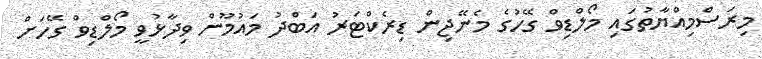
މިރަސްމިއްޔާތުގައި މޯލްޑިވް ގޭހުގެ މެނޭޖިން ޑިރެކްޓަރު އަބްދު މައުމޫން ވިދާޅުވީ މޯލްޑިވް ގޭހަށް